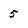
Character: 5